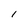
Character: 1